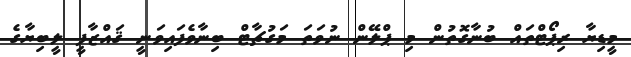
މީޑިޔާ ރިޕޯޓްތައް ބުނާގޮތުން މި ޕްލޭން ނުވަތަ މަގުޗާޓް ބިނާވެފައިވަނީ ޤައްޒާފީ ލީބިޔާގެ